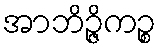
အာဘိဉ္ဇိကဉ္စ